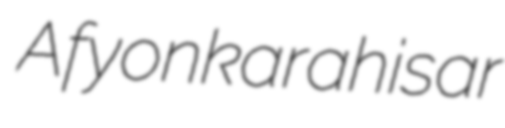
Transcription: Afyonkarahisar